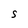
Character: S